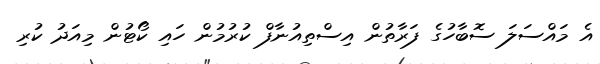
އެ މައްސަލަ ސޮބާހުގެ ފަރާތުން އިސްތިއުނާފް ކުރުމުން ހައި ކޯޓުން މިއަދު ކުރި